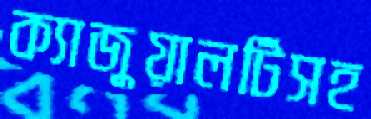
ক্যাজুয়ালটিসহ